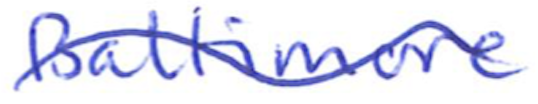
Text: Baltimore
Cross-out: wave
Writing tool: ballpoint